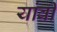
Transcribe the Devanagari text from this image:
यांवी